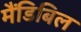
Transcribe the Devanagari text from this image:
मैंडिबिल